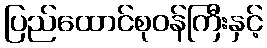
ပြည်ထောင်စုဝန်ကြီးနှင့်